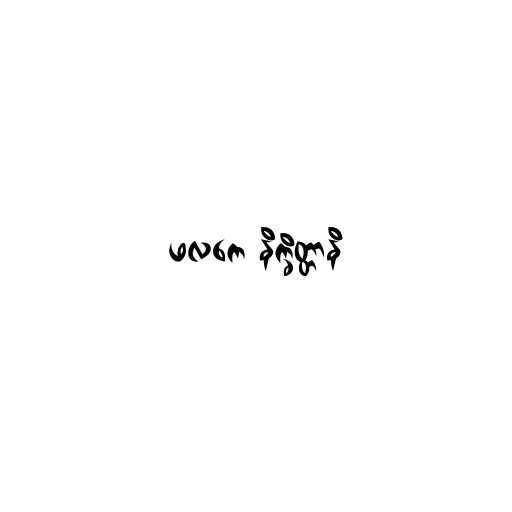
ဖလကေ နိက္ခိတ္တာနိ